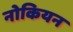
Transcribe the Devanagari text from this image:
नोकियन